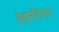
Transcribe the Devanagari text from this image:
इंड्सट्रियल